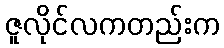
ဇူလိုင်လကတည်းက